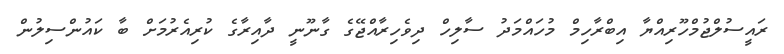
ރައީސުލްޖުމްހޫރިއްޔާ އިބްރާހިމް މުހައްމަދު ސާލިހް ދިވެހިރާއްޖޭގެ ގާނޫނީ ދާއިރާގެ ކުރިއެރުމަށް ބާ ކައުންސިލުން